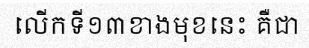
លើកទី១៣ខាងមុខនេះ គឺជា